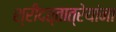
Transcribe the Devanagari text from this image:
श्रीदत्तात्रेयांना